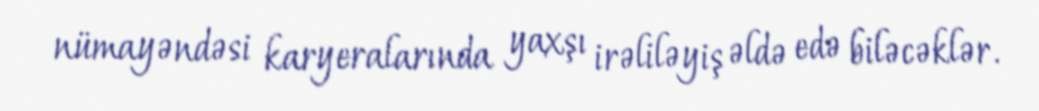
nümayəndəsi karyeralarında yaxşı irəliləyiş əldə edə biləcəklər.